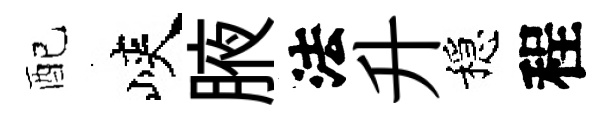
配峽腋法升穩程